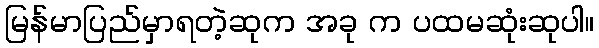
မြန်မာပြည်မှာရတဲ့ဆုက အခု က ပထမဆုံးဆုပါ။